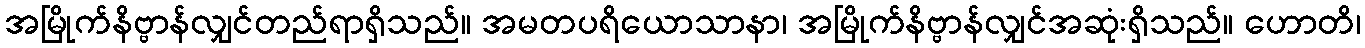
အမြိုက်နိဗ္ဗာန်လျှင်တည်ရာရှိသည်။ အမတပရိယောသာနာ၊ အမြိုက်နိဗ္ဗာန်လျှင်အဆုံးရှိသည်။ ဟောတိ၊